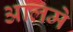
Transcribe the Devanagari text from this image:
आलमे